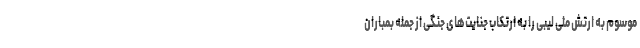
موسوم به ارتش ملی لیبی را به ارتکاب جنایت‌های جنگی از جمله بمباران